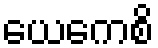
ယေကေစိ